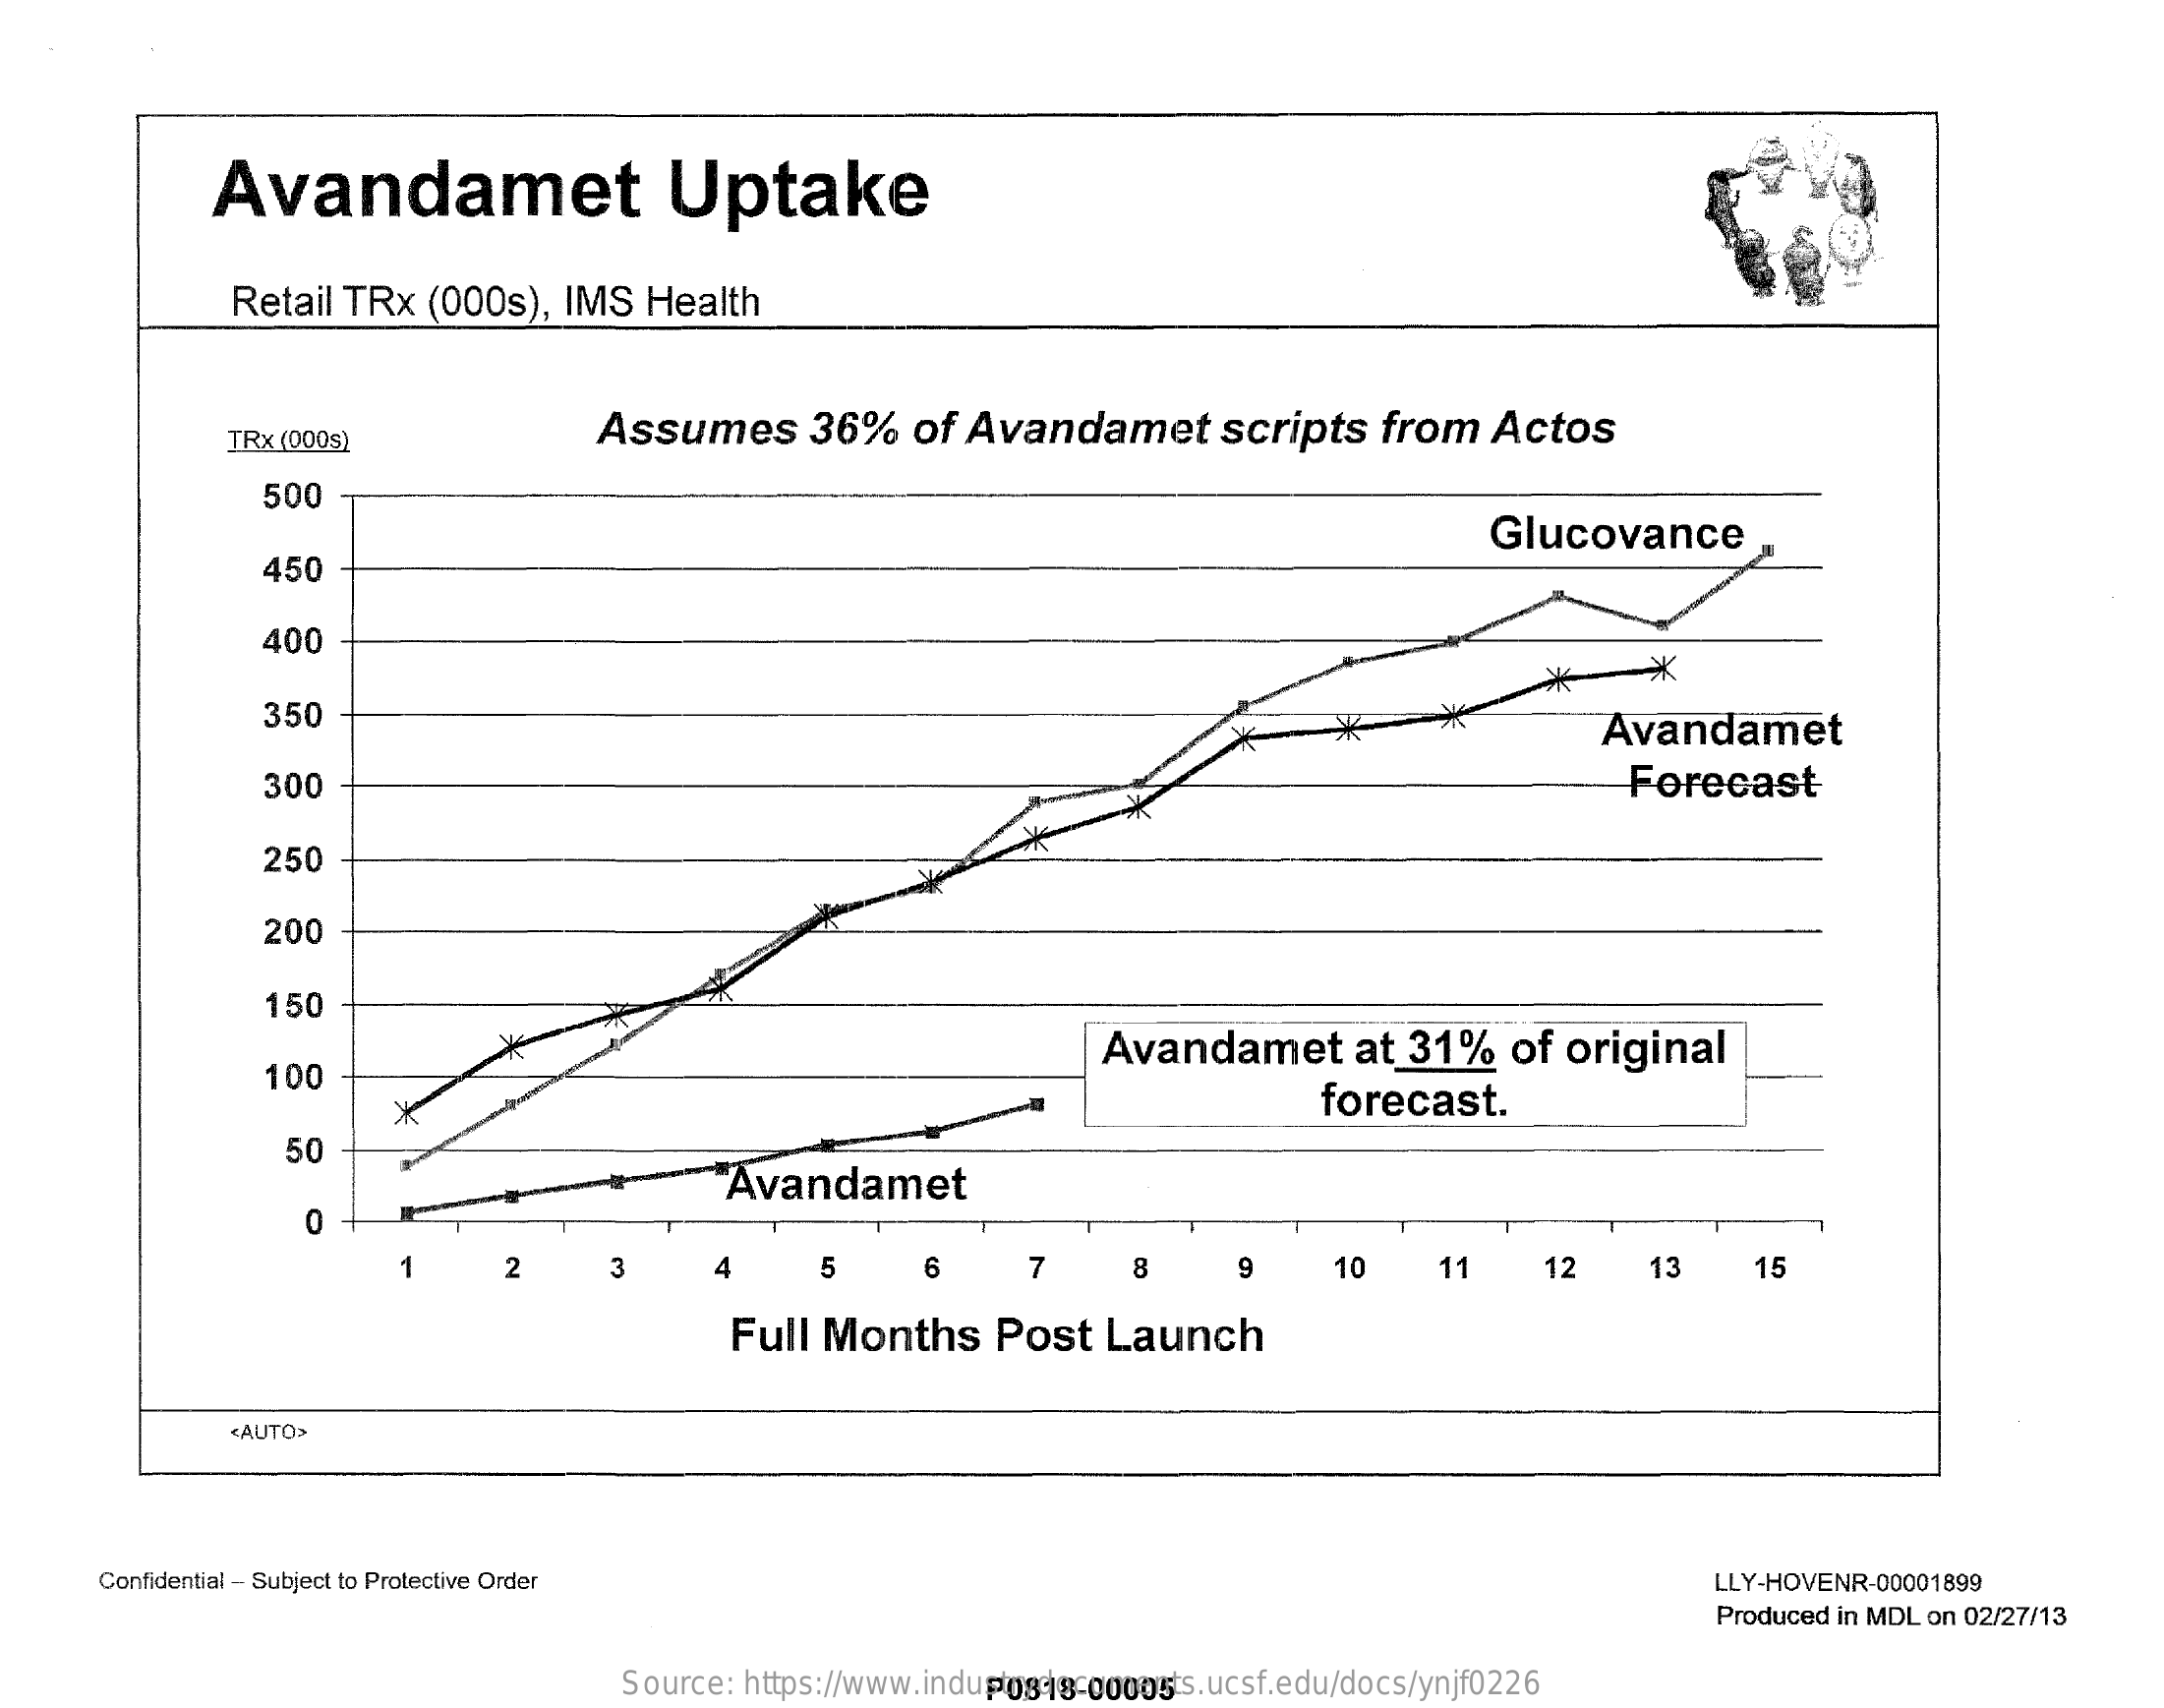
Avandamet    Uptake
     Retail  TRx   (000s),    IMS   Health
     TRx (000s)    Assumes    36%    of   Avandamet    scripts    from    Actos
     500
     Glucovance
     450
     400
     350
     Avandamet
     300    Forecast
     250
     200
     150
     Avandamet    at  31%    of  original
     100
     forecast.
     50
     Avandamet
     O
     1    2    3    4    5    6    7    8    9    10    11    12    13    15
     Full  Months    Post    Launch
     <AUTO>
     Confidential - Subject to Protective Order    LLY-HOVENR-00001899
     Produced in MDL on 02/27/13
     Source:  https://www.industrydocuments.ucsf.edu/docs/ynjf0226 P0818-00005